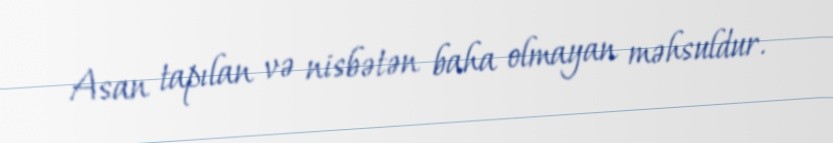
Asan tapılan və nisbətən baha olmayan məhsuldur.